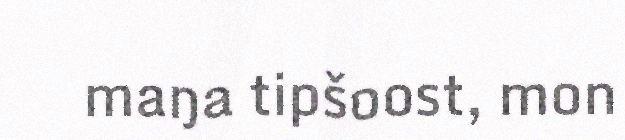
maŋa tipšoost, mon